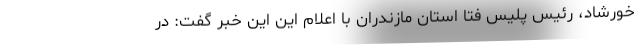
خورشاد، رئیس پلیس فتا استان مازندران با اعلام این این خبر گفت: در